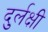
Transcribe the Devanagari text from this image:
दुर्लक्षी